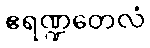
ဧရဏ္ဍတေလံ